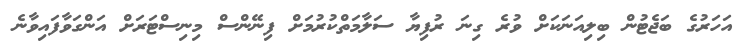
އަހަރުގެ ބަޖެޓުން ބިލިއަނަކަށް ވުރެ ގިނަ ރުފިޔާ ސަލާމަތްކުރުމަށް ފިނޭންސް މިނިސްޓަރަށް އަންގަވާފައިވާނެ